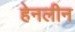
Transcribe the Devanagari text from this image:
हेनलीन